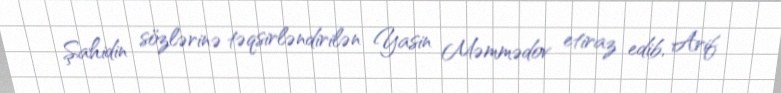
Şahidin sözlərinə təqsirləndirilən Yasin Məmmədov etiraz edib, Arif